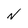
Character: N